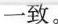
一致。